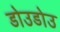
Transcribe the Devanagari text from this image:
डोउडोउ